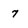
Character: 7